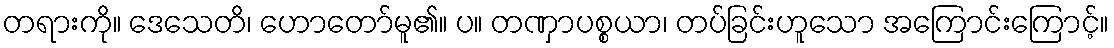
တရားကို။ ဒေသေတိ၊ ဟောတော်မူ၏။ ပ။ တဏှာပစ္စယာ၊ တပ်ခြင်းဟူသော အကြောင်းကြောင့်။